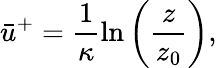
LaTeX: \bar{u}^{+}=\frac{1}{\kappa}\ln\left(\frac{z}{z_{0}}\right),